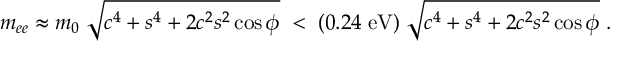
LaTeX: m _ { e e } \approx m _ { 0 } \; \sqrt { c ^ { 4 } + s ^ { 4 } + 2 c ^ { 2 } s ^ { 2 } \cos \phi } \; < \; ( 0 . 2 4 \; \mathrm { e V } ) \; \sqrt { c ^ { 4 } + s ^ { 4 } + 2 c ^ { 2 } s ^ { 2 } \cos \phi } \; .